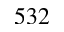
5 3 2